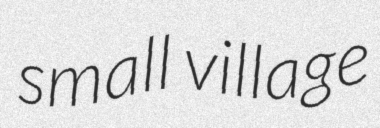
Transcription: small village